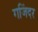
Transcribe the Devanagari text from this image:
गजिंदर